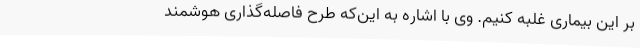
بر این بیماری غلبه کنیم. وی با اشاره به این‌که طرح فاصله‌گذاری هوشمند